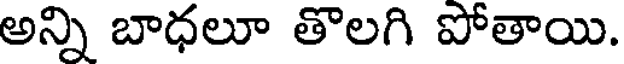
అన్ని బాధలూ తొలగి పోతాయి.